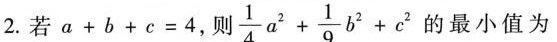
2.若$$a + b + c = 4$$，则 $$\frac { 1 } { 4 } a ^ { 2 } + \frac { 1 } { 9 } b ^ { 2 } + c ^ { 2 }$$ 的最小值为